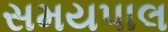
સમયપાલ